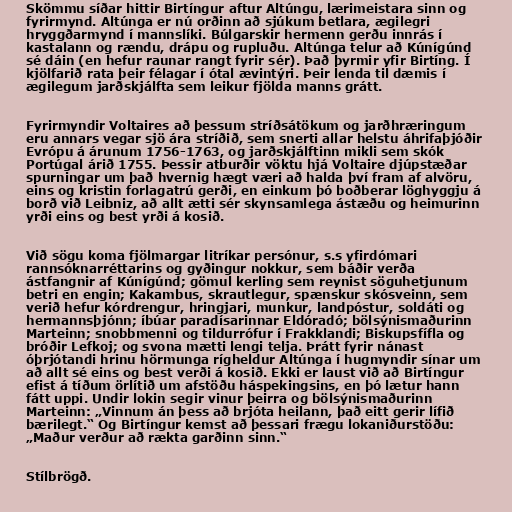
Skömmu síðar hittir Birtíngur aftur Altúngu, lærimeistara sinn og
fyrirmynd. Altúnga er nú orðinn að sjúkum betlara, ægilegri
hryggðarmynd í mannslíki. Búlgarskir hermenn gerðu innrás í
kastalann og rændu, drápu og rupluðu. Altúnga telur að Kúnígúnd
sé dáin (en hefur raunar rangt fyrir sér). Það þyrmir yfir Birtíng. Í
kjölfarið rata þeir félagar í ótal ævintýri. Þeir lenda til dæmis í
ægilegum jarðskjálfta sem leikur fjölda manns grátt.

Fyrirmyndir Voltaires að þessum stríðsátökum og jarðhræringum
eru annars vegar sjö ára stríðið, sem snerti allar helstu áhrifaþjóðir
Evrópu á árunum 1756-1763, og jarðskjálftinn mikli sem skók
Portúgal árið 1755. Þessir atburðir vöktu hjá Voltaire djúpstæðar
spurningar um það hvernig hægt væri að halda því fram af alvöru,
eins og kristin forlagatrú gerði, en einkum þó boðberar löghyggju á
borð við Leibniz, að allt ætti sér skynsamlega ástæðu og heimurinn
yrði eins og best yrði á kosið.

Við sögu koma fjölmargar litríkar persónur, s.s yfirdómari
rannsóknarréttarins og gyðingur nokkur, sem báðir verða
ástfangnir af Kúnígúnd; gömul kerling sem reynist söguhetjunum
betri en engin; Kakambus, skrautlegur, spænskur skósveinn, sem
verið hefur kórdrengur, hringjari, munkur, landpóstur, soldáti og
hermannsþjónn; íbúar paradísarinnar Eldóradó; bölsýnismaðurinn
Marteinn; snobbmenni og tildurrófur í Frakklandi; Biskupsfífla og
bróðir Lefkoj; og svona mætti lengi telja. Þrátt fyrir nánast
óþrjótandi hrinu hörmunga rígheldur Altúnga í hugmyndir sínar um
að allt sé eins og best verði á kosið. Ekki er laust við að Birtíngur
efist á tíðum örlítið um afstöðu háspekingsins, en þó lætur hann
fátt uppi. Undir lokin segir vinur þeirra og bölsýnismaðurinn
Marteinn: „Vinnum án þess að brjóta heilann, það eitt gerir lífið
bærilegt.“ Og Birtíngur kemst að þessari frægu lokaniðurstöðu:
„Maður verður að rækta garðinn sinn.“

Stílbrögð.